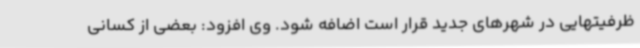
ظرفیتهایی در شهرهای جدید قرار است اضافه شود. وی افزود: بعضی از کسانی